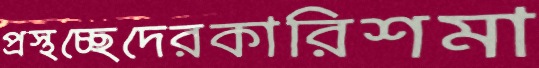
প্রস্থচ্ছেদেরকারিশমা